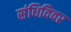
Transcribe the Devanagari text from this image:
संधिविवर